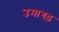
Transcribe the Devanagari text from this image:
उमागढ़